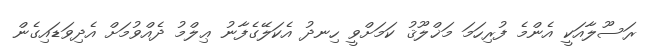
ރަސޫލާއަކީ އެންމެ ފުރިހަމަ މަޚްލޫޤު ކަމަށްވީ ހިނދު އެކަލޭގެފާނު ޢިލްމު ދެއްވުމަށް އެދިވަޑައިގެން